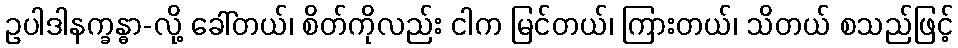
ဥပါဒါနက္ခန္ဓာ-လို့ ခေါ်တယ်၊ စိတ်ကိုလည်း ငါက မြင်တယ်၊ ကြားတယ်၊ သိတယ် စသည်ဖြင့်